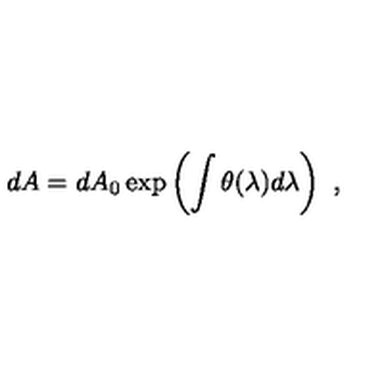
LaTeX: d A = d A _ { 0 } \exp \left( \int \theta ( \lambda ) d \lambda \right) \ ,